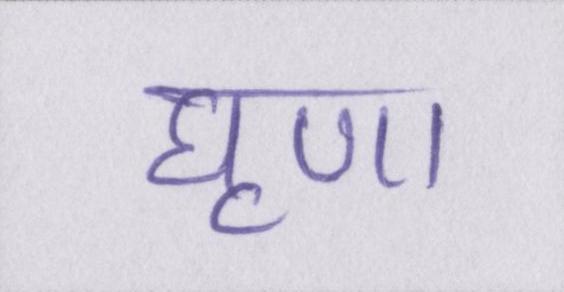
घृणा